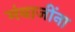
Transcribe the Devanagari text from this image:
मंबाजींना